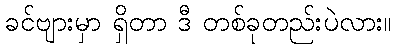
ခင်ဗျားမှာ ရှိတာ ဒီ တစ်ခုတည်းပဲလား။